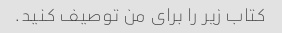
کتاب زیر را برای من توصیف کنید.